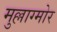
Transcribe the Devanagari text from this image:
मुल्लाग्मोर